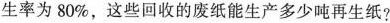
率为80%，这些回收的废纸能生产多少吨再生纸?